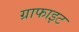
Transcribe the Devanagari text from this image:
ग्राफाइट